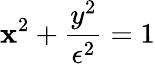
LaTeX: \mathbf{x}^{2}+\frac{{y^{2}}}{{\epsilon^{2}}}=1